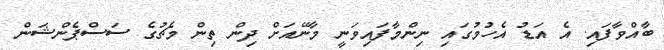
ބާއްވާފައި. އެ އަޑު އެހުމުގައި ނިންމާފައިވަނީ މާނޭއަށް ދިން ތިން މެޗުގެ ސަސްޕެންޝަން